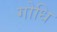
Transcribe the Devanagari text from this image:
गोधि